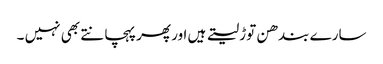
سارے بندھن توڑ لیتے ہیں اور پھر پہچانتے بھی نہیں ۔